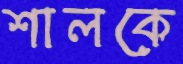
শালকে